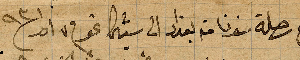
تابع رحلة سفرنا من بغداد الى شيكاغو في ٧ اذار ١٨٩٣